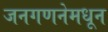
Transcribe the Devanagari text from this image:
जनगणनेमधून